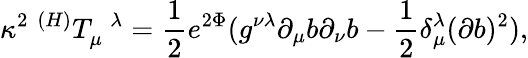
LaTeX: {\kappa}^{2}\; ^{(H)}T_{\mu}^{\; \; \lambda}=\frac 12e^{2\Phi}(g^{\nu\lambda}\partial_{\mu}b\partial_{\nu}b-\frac 12\delta_{\mu}^{\lambda}(\partial b)^{2}),